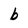
Character: b